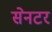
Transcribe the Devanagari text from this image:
सेनटर